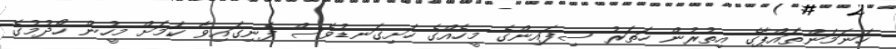
ހަނަމަންތައްޕާގެ އިތުރުން ހަތަރު ސިފައިންގެ މީހެއްގެ ހަށިގަނޑުވެސް ފެނިގައިވާ ކަމަށް މީހުން ހޯދުމުގެ